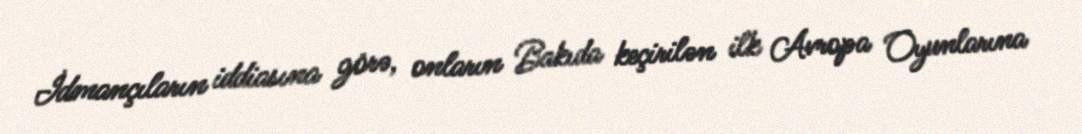
İdmançıların iddiasına görə, onların Bakıda keçirilən ilk Avropa Oyunlarına